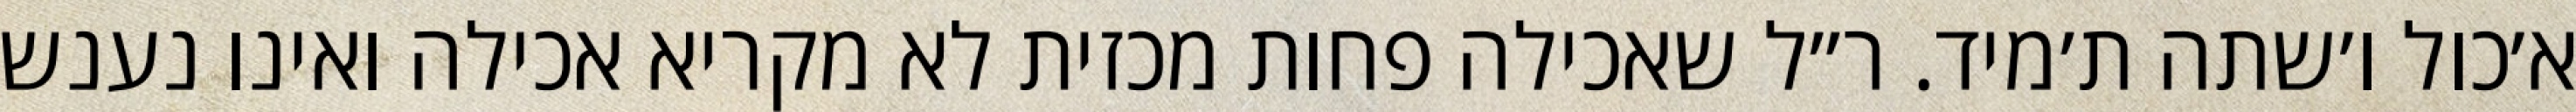
א׳כול ו׳שתה ת׳מיד. ר״ל שאכילה פחות מכזית לא מקריא אכילה ואינו נענש